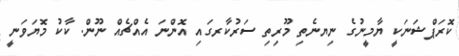
ކޮރަޕްޝަނަކީ ޔާމީނުގެ ނިޔނެތި މޫރިތި ސަރުކާރގައި އޮންނަ އެއްޗެއް ނޫން. ކާކު މޮޔަވަނީ